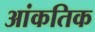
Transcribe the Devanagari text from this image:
आंकतिक